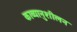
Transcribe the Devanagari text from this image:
काव्यानुशीलन